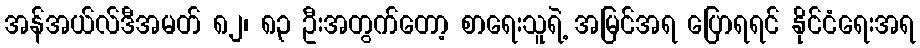
အန်အယ်လ်ဒီအမတ် ၈၂၊ ၈၃ ဦးအတွက်တော့ စာရေးသူရဲ့ အမြင်အရ ပြောရရင် နိုင်ငံရေးအရ